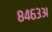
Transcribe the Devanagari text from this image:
८४६३अ